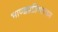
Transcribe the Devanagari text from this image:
भाण्डप्रतिभाण्डम